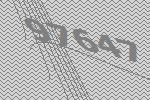
97647